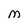
Character: M